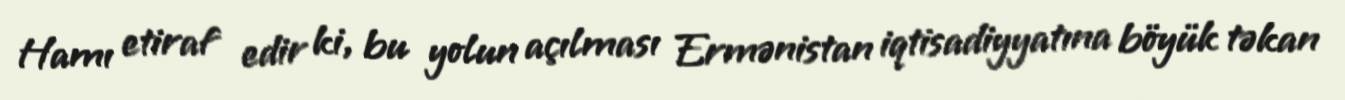
Hamı etiraf edir ki, bu yolun açılması Ermənistan iqtisadiyyatına böyük təkan